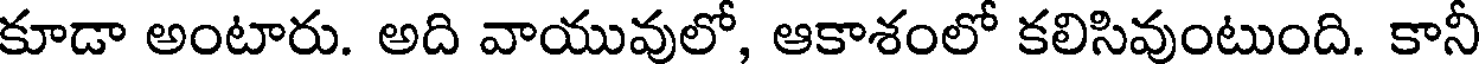
కూడా అంటారు. అది వాయువులో, ఆకాశంలో కలిసివుంటుంది. కానీ